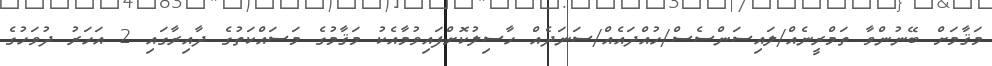
މަޤާމަށް ބޭނުންވާ ތަމްރީނެއް/ލައިސަންސެސް/ހުއްދައެއް/ސަނަދެއް ހާސިލުކޮށްފައިވުމާއެކު މަޤާމުގެ މަސައްކަތުގެ ދާއިރާގައި 2 އަހަރު ދުވަހުގެ